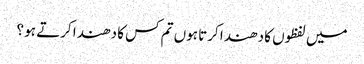
میں لفظوں کا دھندا کرتا ہوں تم کس کا دھندا کرتے ہو ؟